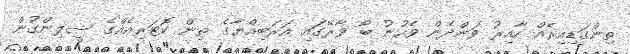
ތިންގަޑިއިރެއް ހާއިރު ވަންދެން ވެހުނު ބޯ ވާރޭގައި އަރަބިއްޔާގެ ތިން ކޮޓަރިއެއްގެ ސީލިންގުން